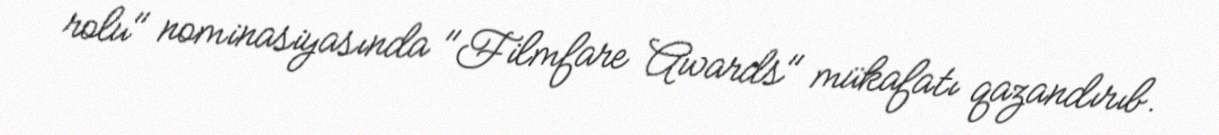
rolu" nominasiyasında "Filmfare Awards" mükafatı qazandırıb.